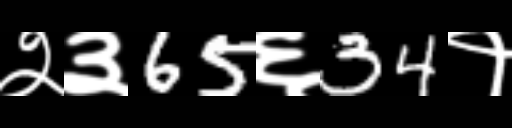
Text: २३65६34१